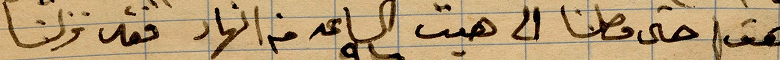
هذا حتى وصلنا الى هيت الساعة ... من النهار فقد نزلنا